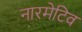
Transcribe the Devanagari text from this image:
नारमेटिव